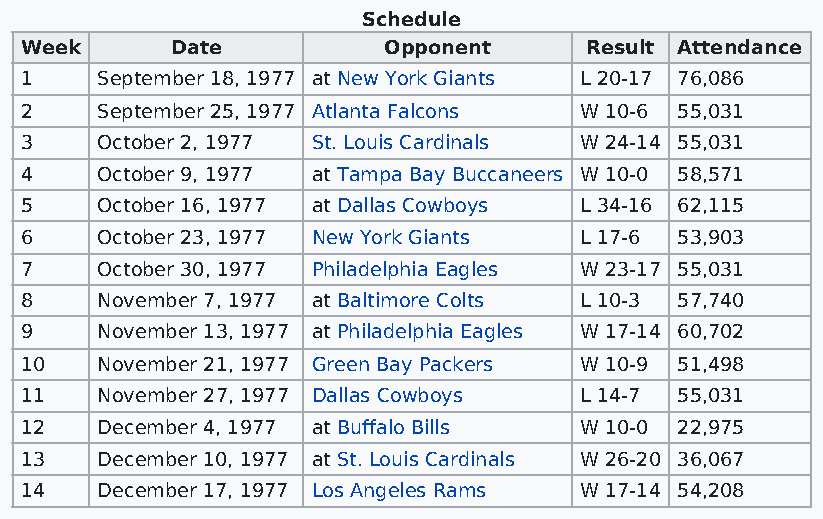
Schedule
 Week      Date          Opponent      Result Attendance
 1    September 18, 1977 at New York Giants L 20-17 76,086
 2    September 25, 1977 Atlanta Falcons W 10-6 55,031
 3    October 2, 1977 St. Louis Cardinals W 24-14 55,031
 4    October 9, 1977 at Tampa Bay Buccaneers W 10-0 58,571
 5    October 16, 1977 at Dallas Cowboys L 34-16 62,115
 6    October 23, 1977 New York Giants L 17-6 53,903
 7    October 30, 1977 Philadelphia Eagles W 23-17 55,031
 8    November 7, 1977 at Baltimore Colts L 10-3 57,740
 9    November 13, 1977 at Philadelphia Eagles W 17-14 60,702
 10   November 21, 1977 Green Bay Packers W 10-9 51,498
 11   November 27, 1977 Dallas Cowboys L 14-7 55,031
 12   December 4, 1977 at Buffalo Bills W 10-0 22,975
 13   December 10, 1977 at St. Louis Cardinals W 26-20 36,067
 14   December 17, 1977 Los Angeles Rams W 17-14 54,208